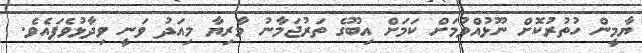
ޔާމީން ހުތުރުކޮށް ނޫޅުއްވުމަށް ކަމަށް އިބޫގެ ތަރުޖަމާނު މާރިޔާ މިއަދު ވަނީ ވިދާޅުވެފައެވެ.